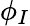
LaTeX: \phi_{I}